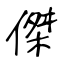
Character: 傑